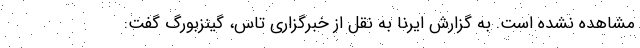
مشاهده نشده است. به گزارش ایرنا به نقل از خبرگزاری تاس، گینزبورگ گفت: